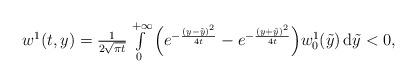
LaTeX: \begin{align*}\begin{array}{ll}w^1(t,y) = \frac{1}{2\sqrt{\pi t}}\int\limits_0^{+\infty}\Big( e^{-\frac{(y-\tilde{y})^2}{4t}} - e^{-\frac{(y+\tilde{y})^2}{4t}} \Big)w_0^1(\tilde{y}) \,\mathrm{d}\tilde{y} <0,\end{array}\end{align*}